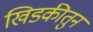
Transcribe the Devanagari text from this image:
खिडकीतुन